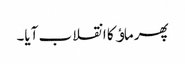
پھر ماﺅ کا انقلاب آیا۔